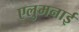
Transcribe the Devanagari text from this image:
एलुमनाई